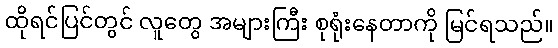
ထိုရင်ပြင်တွင် လူတွေ အများကြီး စုရုံးနေတာကို မြင်ရသည်။